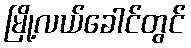
မြို့လယ်ခေါင်တွင်